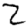
Digit: 2